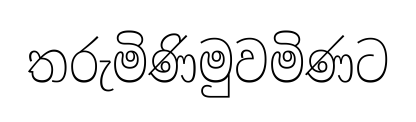
තරුමිණිමුවමිණට